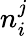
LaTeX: n_{i}^{j}